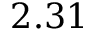
2 . 3 1